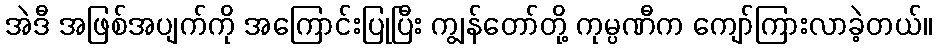
အဲဒီ အဖြစ်အပျက်ကို အကြောင်းပြုပြီး ကျွန်တော်တို့ ကုမ္ပဏီက ကျော်ကြားလာခဲ့တယ်။